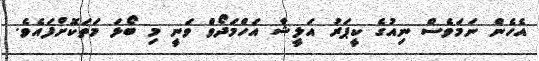
އެހެން ނަމަވެސް ނިއުގެ ކީޕަރު އަލީޝާ އަހްމަދޯވް ވަނީ މި ބޯޅަ މަތަކޮށްފައެވެ.